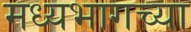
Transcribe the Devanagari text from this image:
मध्‍यभागच्या